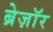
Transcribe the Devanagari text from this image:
ब्रेज़ाॅर